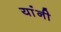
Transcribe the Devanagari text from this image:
यांंनी